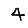
Digit: 4